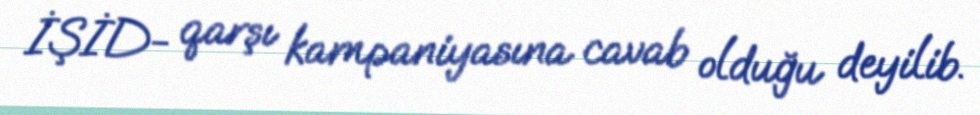
İŞİD- qarşı kampaniyasına cavab olduğu deyilib.